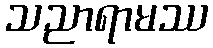
သညာရာမဿ